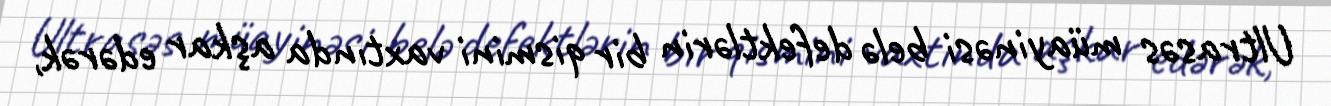
Ultrasəs müayinəsi belə defektlərin bir qismini vaxtında aşkar edərək,